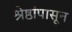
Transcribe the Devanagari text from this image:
श्रेष्ठांपासून